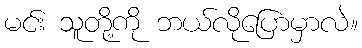
မင်း သူတို့ကို ဘယ်လိုပြောမှာလဲ။